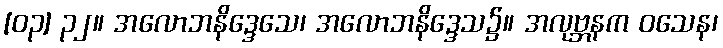
[၀၃] ၃၂။ အလောဘနိဒ္ဒေသေ၊ အလောဘနိဒ္ဒေသ၌။ အလုဗ္ဘနက ဝသေန၊